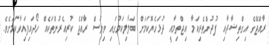
ރާއްޖޭގެ އިގްތިޟާދާއި ފުދުންތެރިކަމާ އިޖްތިމާއީ ދުޅަހެޔޮކަމަށް ބަލާލިކަމުގައި ވިޔަސް ރާއްޖެ ކުރިއެރުންތަކެއް ހޯދައިފައިވާކަމަށެވެ.